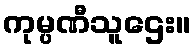
ကုမ္ပဏီသူဌေး။